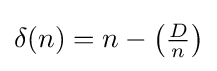
\delta (n)=n-\left({\tfrac {D}{n}}\right)